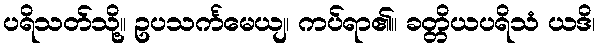
ပရိသတ်သို့။ ဥပသင်္ကမေယျ၊ ကပ်ရာ၏။ ခတ္တိယပရိသံ ယဒိ၊